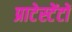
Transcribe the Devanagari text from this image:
प्राटेस्टेंटों